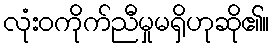
လုံးဝကိုက်ညီမှုမရှိဟုဆို၏။